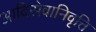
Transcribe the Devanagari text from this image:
आदिसेवानिवृत्ति